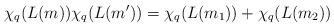
LaTeX: \begin{align*} \chi_q(L(m)) \chi_q(L(m')) = \chi_q(L(m_1)) + \chi_q(L(m_2))\end{align*}